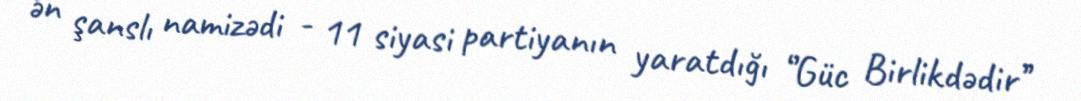
ən şanslı namizədi - 11 siyasi partiyanın yaratdığı ‘’Güc Birlikdədir’’